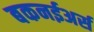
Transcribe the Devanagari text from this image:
बकनईअर्स